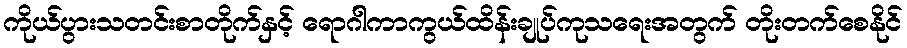
ကိုယ်ပွားသတင်းစာတိုက်နှင့် ရောဂါကာကွယ်ထိန်းချုပ်ကုသရေးအတွက် တိုးတက်စေနိုင်